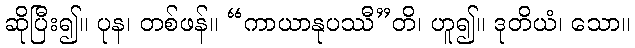
ဆိုပြီး၍။ ပုန၊ တစ်ဖန်။ “ကာယာနုပဿီ”တိ၊ ဟူ၍။ ဒုတိယံ၊ သော။